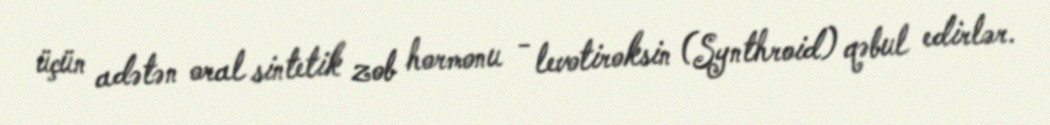
üçün adətən oral sintetik zob hormonu - levotiroksin (Synthroid) qəbul edirlər.